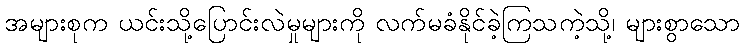
အများစုက ယင်းသို့ပြောင်းလဲမှုများကို လက်မခံနိုင်ခဲ့ကြသကဲ့သို့၊ များစွာသော